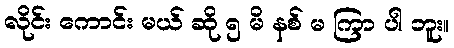
လိုင်း ကောင်း မယ် ဆို ၅ မိ နစ် မ ကြာ ပါ ဘူး။